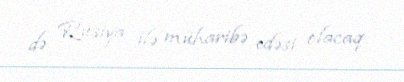
də Rusiya ilə müharibə edəsi olacaq.